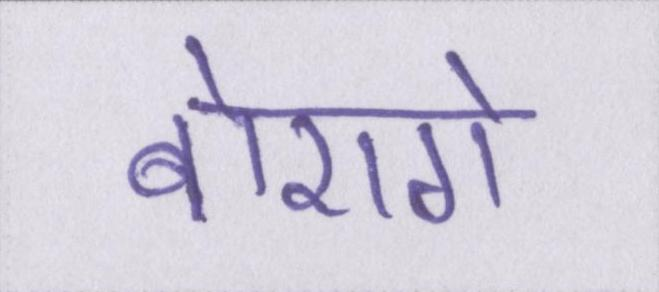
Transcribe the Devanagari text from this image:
बोएगे